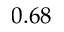
0 . 6 8